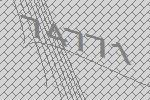
74771